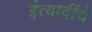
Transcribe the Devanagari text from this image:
ईत्यादींचे